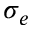
\sigma _ { e }